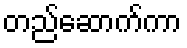
တည်ဆောက်ကာ